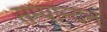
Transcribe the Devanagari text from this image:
सम्पान्दन